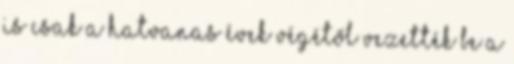
is csak a hatvanas évek végétől vezették be a